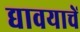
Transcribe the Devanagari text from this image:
द्यावयाचें